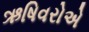
ઋષિવરોએ